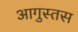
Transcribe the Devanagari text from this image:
आगुस्तस